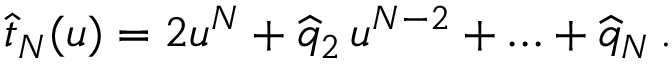
\widehat t _ { N } ( u ) = 2 u ^ { N } + \widehat q _ { 2 } \, u ^ { N - 2 } + \ldots + \widehat q _ { N } \, .